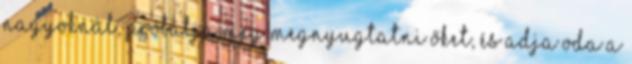
nagyoknál, próbálja meg megnyugtatni őket, és adja oda a